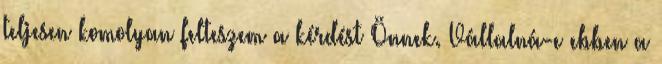
teljesen komolyan felteszem a kérdést Önnek. Vállalná-e ebben a